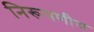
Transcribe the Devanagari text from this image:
निरूपणीय